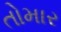
તોમાર